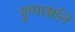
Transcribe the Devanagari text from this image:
पुष्पाञ्जलि